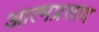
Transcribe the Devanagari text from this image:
आत्मप्रसाद